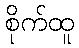
စိုက်ထူ